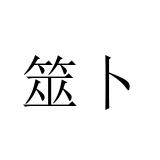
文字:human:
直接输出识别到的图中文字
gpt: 筮卜